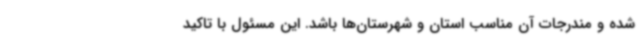
شده و مندرجات آن مناسب استان و شهرستان‌ها باشد. این مسئول با تاکید